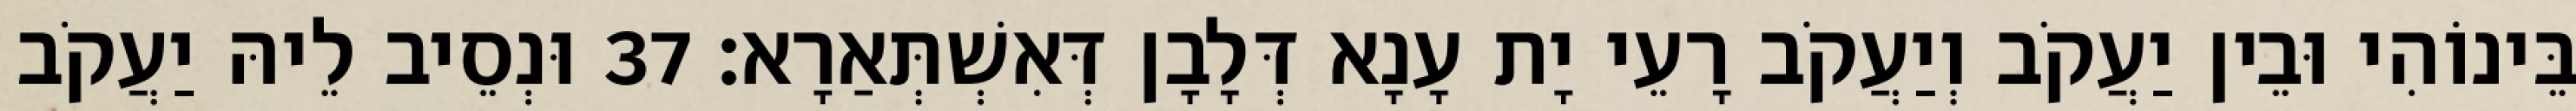
בֵּינוֹהִי וּבֵין יַעֲקֹב וְיַעֲקֹב רָעֵי יָת עָנָא דְּלָבָן דְּאִשְׁתְּאַרָא׃ 37 וּנְסֵיב לֵיהּ יַעֲקֹב